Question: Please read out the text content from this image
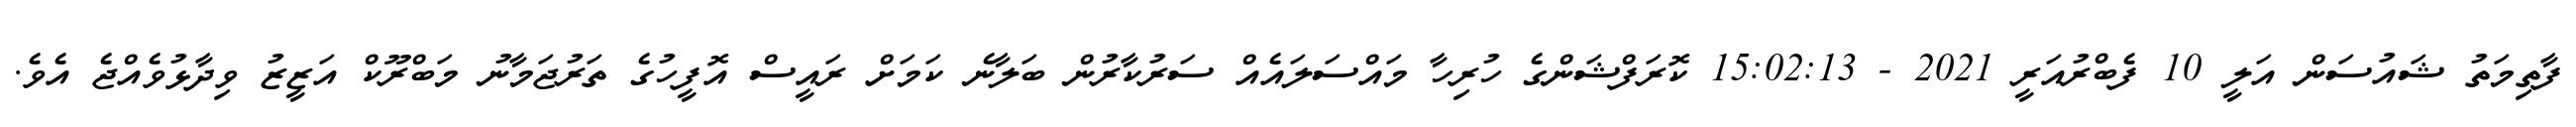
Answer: ފާތިމަތު ޝައުސަން އަލީ 10 ފެބްރުއަރީ 2021 - 15:02:13 ކޮރަފްޝަންގެ ހުރިހާ މައްސަލައެއް ސަރުކާރުން ބަލާނެ ކަމަށް ރައީސް އޮފީހުގެ ތަރުޖަމާނު މަބްރޫކް އަޒީޒު ވިދާޅުވެއްޖެ އެވެ.